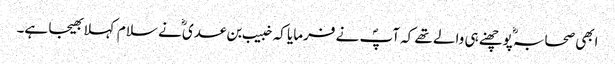
ابھی صحابہؓ پوچھنے ہی والے تھے کہ آپؐ نے فرمایا کہ خبیب بن عدی ؓنے سلام کہلا بھیجا ہے۔